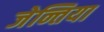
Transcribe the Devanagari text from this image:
जेन्तिया